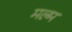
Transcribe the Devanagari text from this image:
मल्म